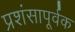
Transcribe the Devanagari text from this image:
प्रशंसापूर्वक